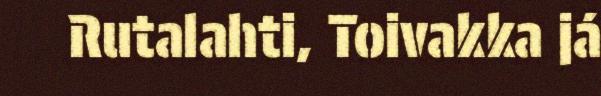
Rutalahti, Toivakka já